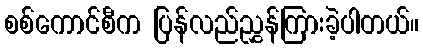
စစ်ကောင်စီက ပြန်လည်ညွှန်ကြားခဲ့ပါတယ်။